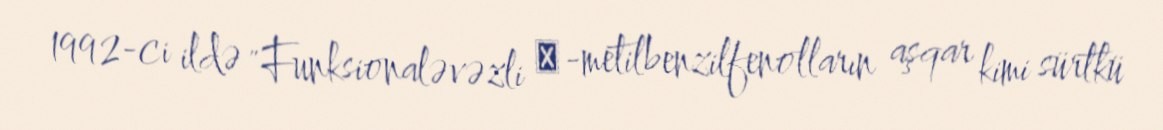
1992-ci ildə "Funksionaləvəzli α-metilbenzilfenolların aşqar kimi sürtkü